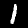
Digit: 1